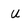
Character: u